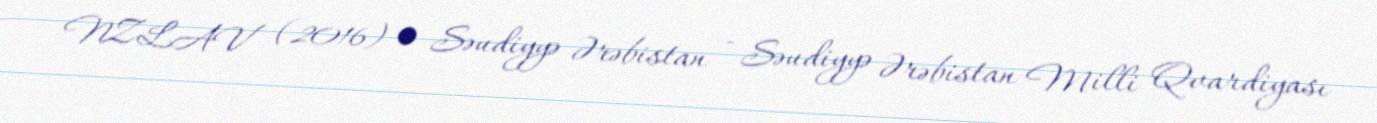
NZLAV (2016) • Səudiyyə Ərəbistan - Səudiyyə Ərəbistan Milli Qvardiyası